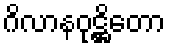
ဂိလာနဝုဋ္ဌိတော